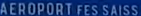
AEROPORT FES SAISS